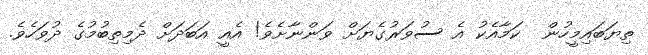
ތިޔަބައިމީހުން  ކަމާއެކު އެ ސުވަރުގެޔަށް ވަންނާށެވެ! އެއީ އަބަދަށް ދެމިތިބުމުގެ ދުވަހެވެ.